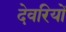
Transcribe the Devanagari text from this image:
देवरियों